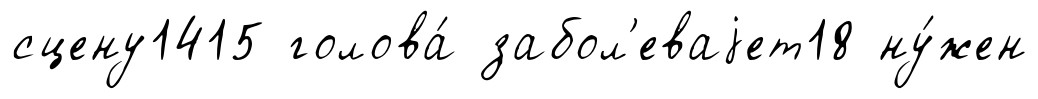
сцену1415 голова́ забол'еваjет18 ну́жен